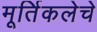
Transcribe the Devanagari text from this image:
मूर्तिकलेचे